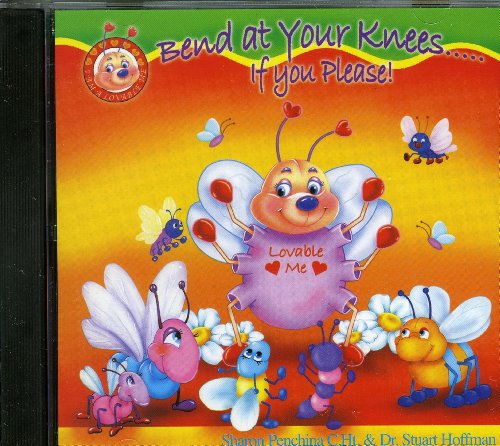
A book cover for Bend at Your Knees, If you Please! (I Am a Lovable Me); Sharon R. Penchina; Health, Fitness & Dieting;